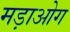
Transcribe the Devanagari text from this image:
मड़ाओग